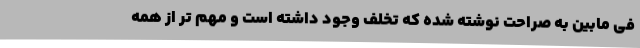
فی مابین به صراحت نوشته شده که تخلف وجود داشته است و مهم تر از همه